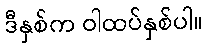
ဒီနှစ်က ဝါထပ်နှစ်ပါ။